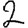
Digit: 2